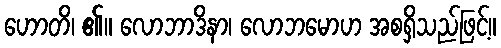
ဟောတိ၊ ၏။ လောဘာဒိနာ၊ လောဘမောဟ အစရှိသည်ဖြင့်။